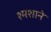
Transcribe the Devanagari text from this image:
श्मशाने